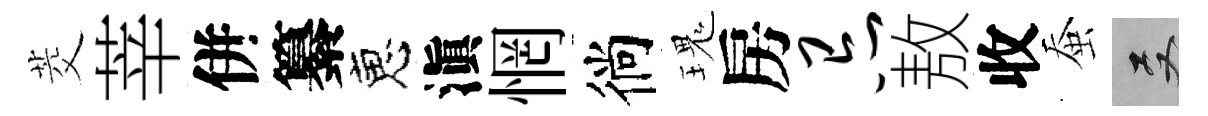
茭莘併纂恵滇惘徜瑰房忌敖收蚕双